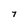
Character: 7